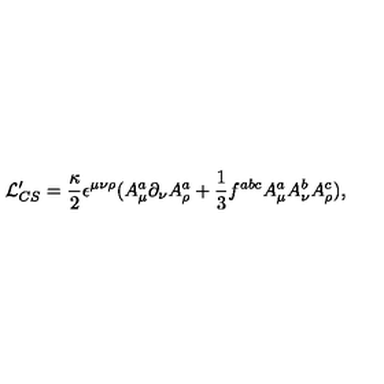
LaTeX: { \cal L } _ { C S } ^ { \prime } = \frac { \kappa } { 2 } \epsilon ^ { \mu \nu \rho } ( A _ { \mu } ^ { a } \partial _ { \nu } A _ { \rho } ^ { a } + \frac { 1 } { 3 } f ^ { a b c } A _ { \mu } ^ { a } A _ { \nu } ^ { b } A _ { \rho } ^ { c } ) ,